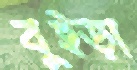
বুইড়া